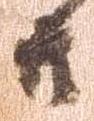
共